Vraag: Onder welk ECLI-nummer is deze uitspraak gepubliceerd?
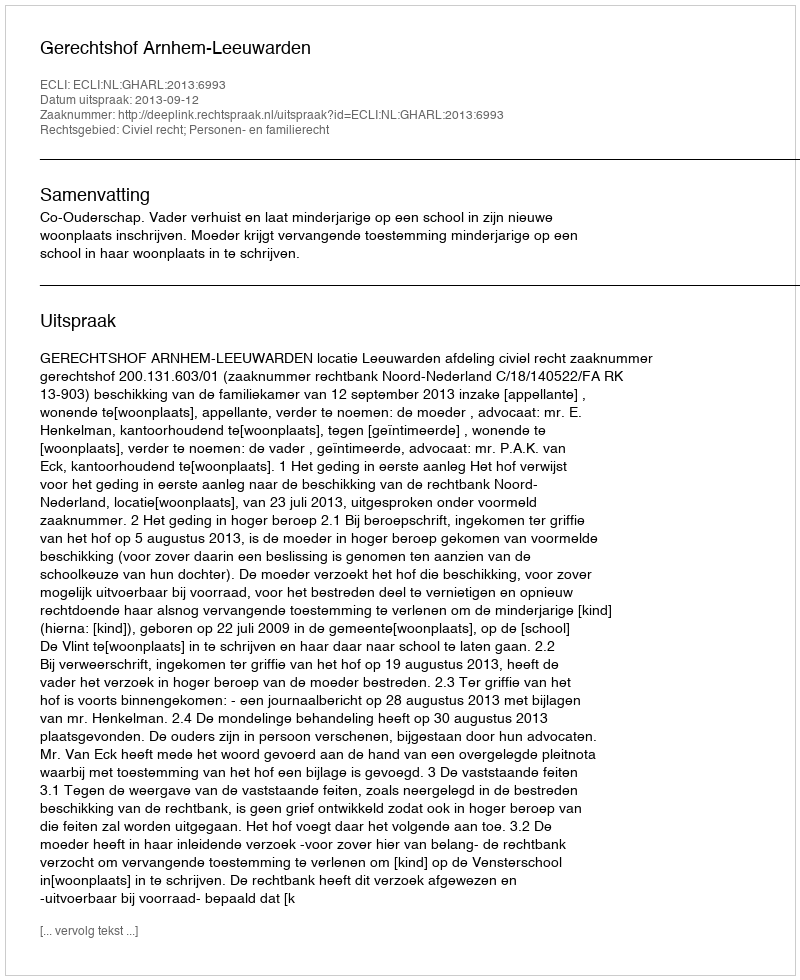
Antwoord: ECLI:NL:GHARL:2013:6993